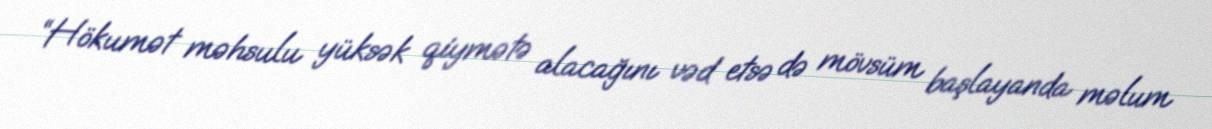
“Hökumət məhsulu yüksək qiymətə alacağını vəd etsə də mövsüm başlayanda məlum